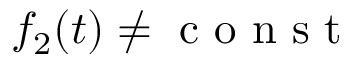
f _ { 2 } ( t ) \ne \mathrm { ~ c ~ o ~ n ~ s ~ t ~ }